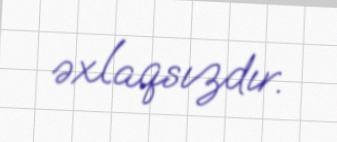
əxlaqsızdır.